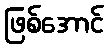
ဖြစ်အောင်